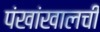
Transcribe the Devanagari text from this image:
पंखांखालची